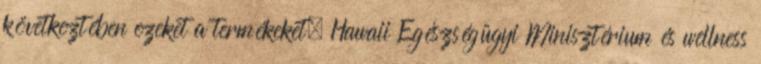
következtében ezeket a termékeket. Hawaii Egészségügyi Minisztérium és wellness